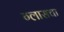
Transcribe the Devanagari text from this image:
ग्लासचा